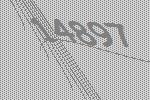
14897